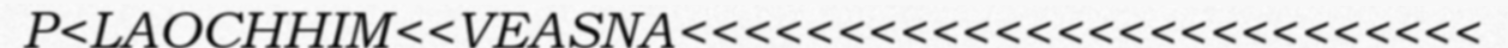
P<LAOCHHIM<<VEASNA<<<<<<<<<<<<<<<<<<<<<<<<<<